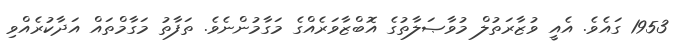
1953 ގައެވެ. އެއީ ވުޒާރަތުލް މުވާޞަލާތުގެ އޮބްޒާވަރެއްގެ މަގާމުންނެވެ. ތަފާތު މަގާމްތައް އަދާކުރެއްވި